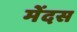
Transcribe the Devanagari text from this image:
मेंदस